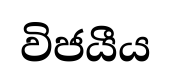
විජයීය